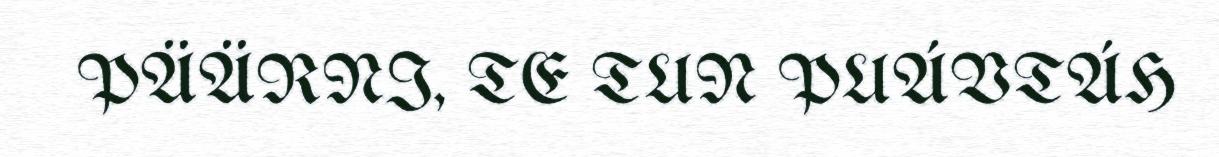
PÄÄRNI, TE TUN PUÁVTÁH